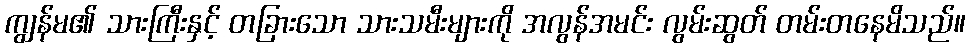
ကျွန်မ၏ သားကြီးနှင့် တခြားသော သားသမီးများကို အလွန်အမင်း လွမ်းဆွတ် တမ်းတနေမိသည်။